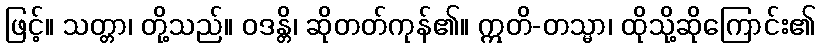
ဖြင့်။ သတ္တာ၊ တို့သည်။ ဝဒန္တိ၊ ဆိုတတ်ကုန်၏။ ဣတိ-တသ္မာ၊ ထိုသို့ဆိုကြောင်း၏